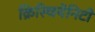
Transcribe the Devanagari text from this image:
क्रिस्चियेनिटी